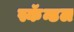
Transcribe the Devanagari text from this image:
स्कॅन्डल